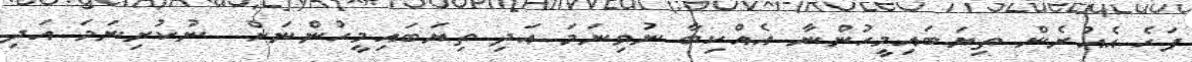
ފަހެ އެއުރެން ތިޔަބައިމީހުންނާ އެއްކިބާ ނުވިނަމަ އަދި ތިޔަބައިމީހުންނަށް  ނުކުރިނަމަ އަދި